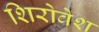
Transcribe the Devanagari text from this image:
शिरोवेश